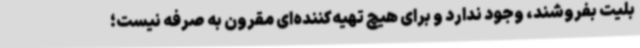
بلیت بفروشند، وجود ندارد و برای هیچ تهیه‌کننده‌ای مقرون به صرفه نیست؛